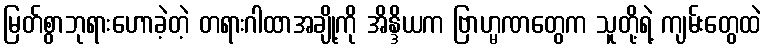
မြတ်စွာဘုရားဟောခဲ့တဲ့ တရားဂါထာအချို့ကို အိန္ဒိယက ဗြာဟ္မဏတွေက သူတို့ရဲ့ ကျမ်းတွေထဲ